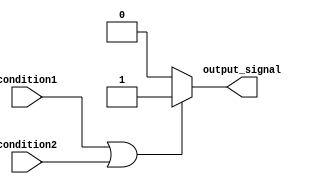
module if_else_statement (
    input wire condition1,
    input wire condition2,
    output reg output_signal
);

always @ (*) begin
    if (condition1 || condition2) begin
        // Block of code to execute when condition1 or condition2 is true
        output_signal <= 1;
    end
    else begin
        // Block of code to execute when both condition1 and condition2 are false
        output_signal <= 0;
    end
end

endmodule